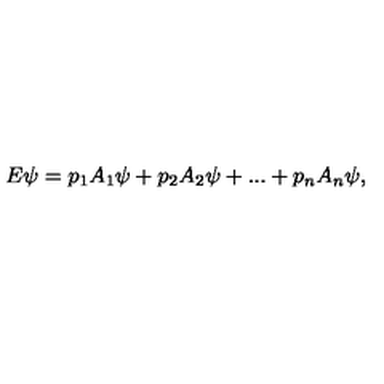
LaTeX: E \psi = p _ { 1 } A _ { 1 } \psi + p _ { 2 } A _ { 2 } \psi + . . . + p _ { n } A _ { n } \psi ,